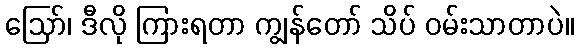
ဪ၊ ဒီလို ကြားရတာ ကျွန်တော် သိပ် ဝမ်းသာတာပဲ။